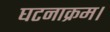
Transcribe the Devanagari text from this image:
घटनाक्रम।